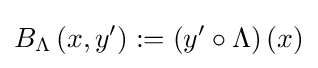
B_{\Lambda }\left(x,y'\right):=\left(y'\circ \Lambda \right)\left(x\right)